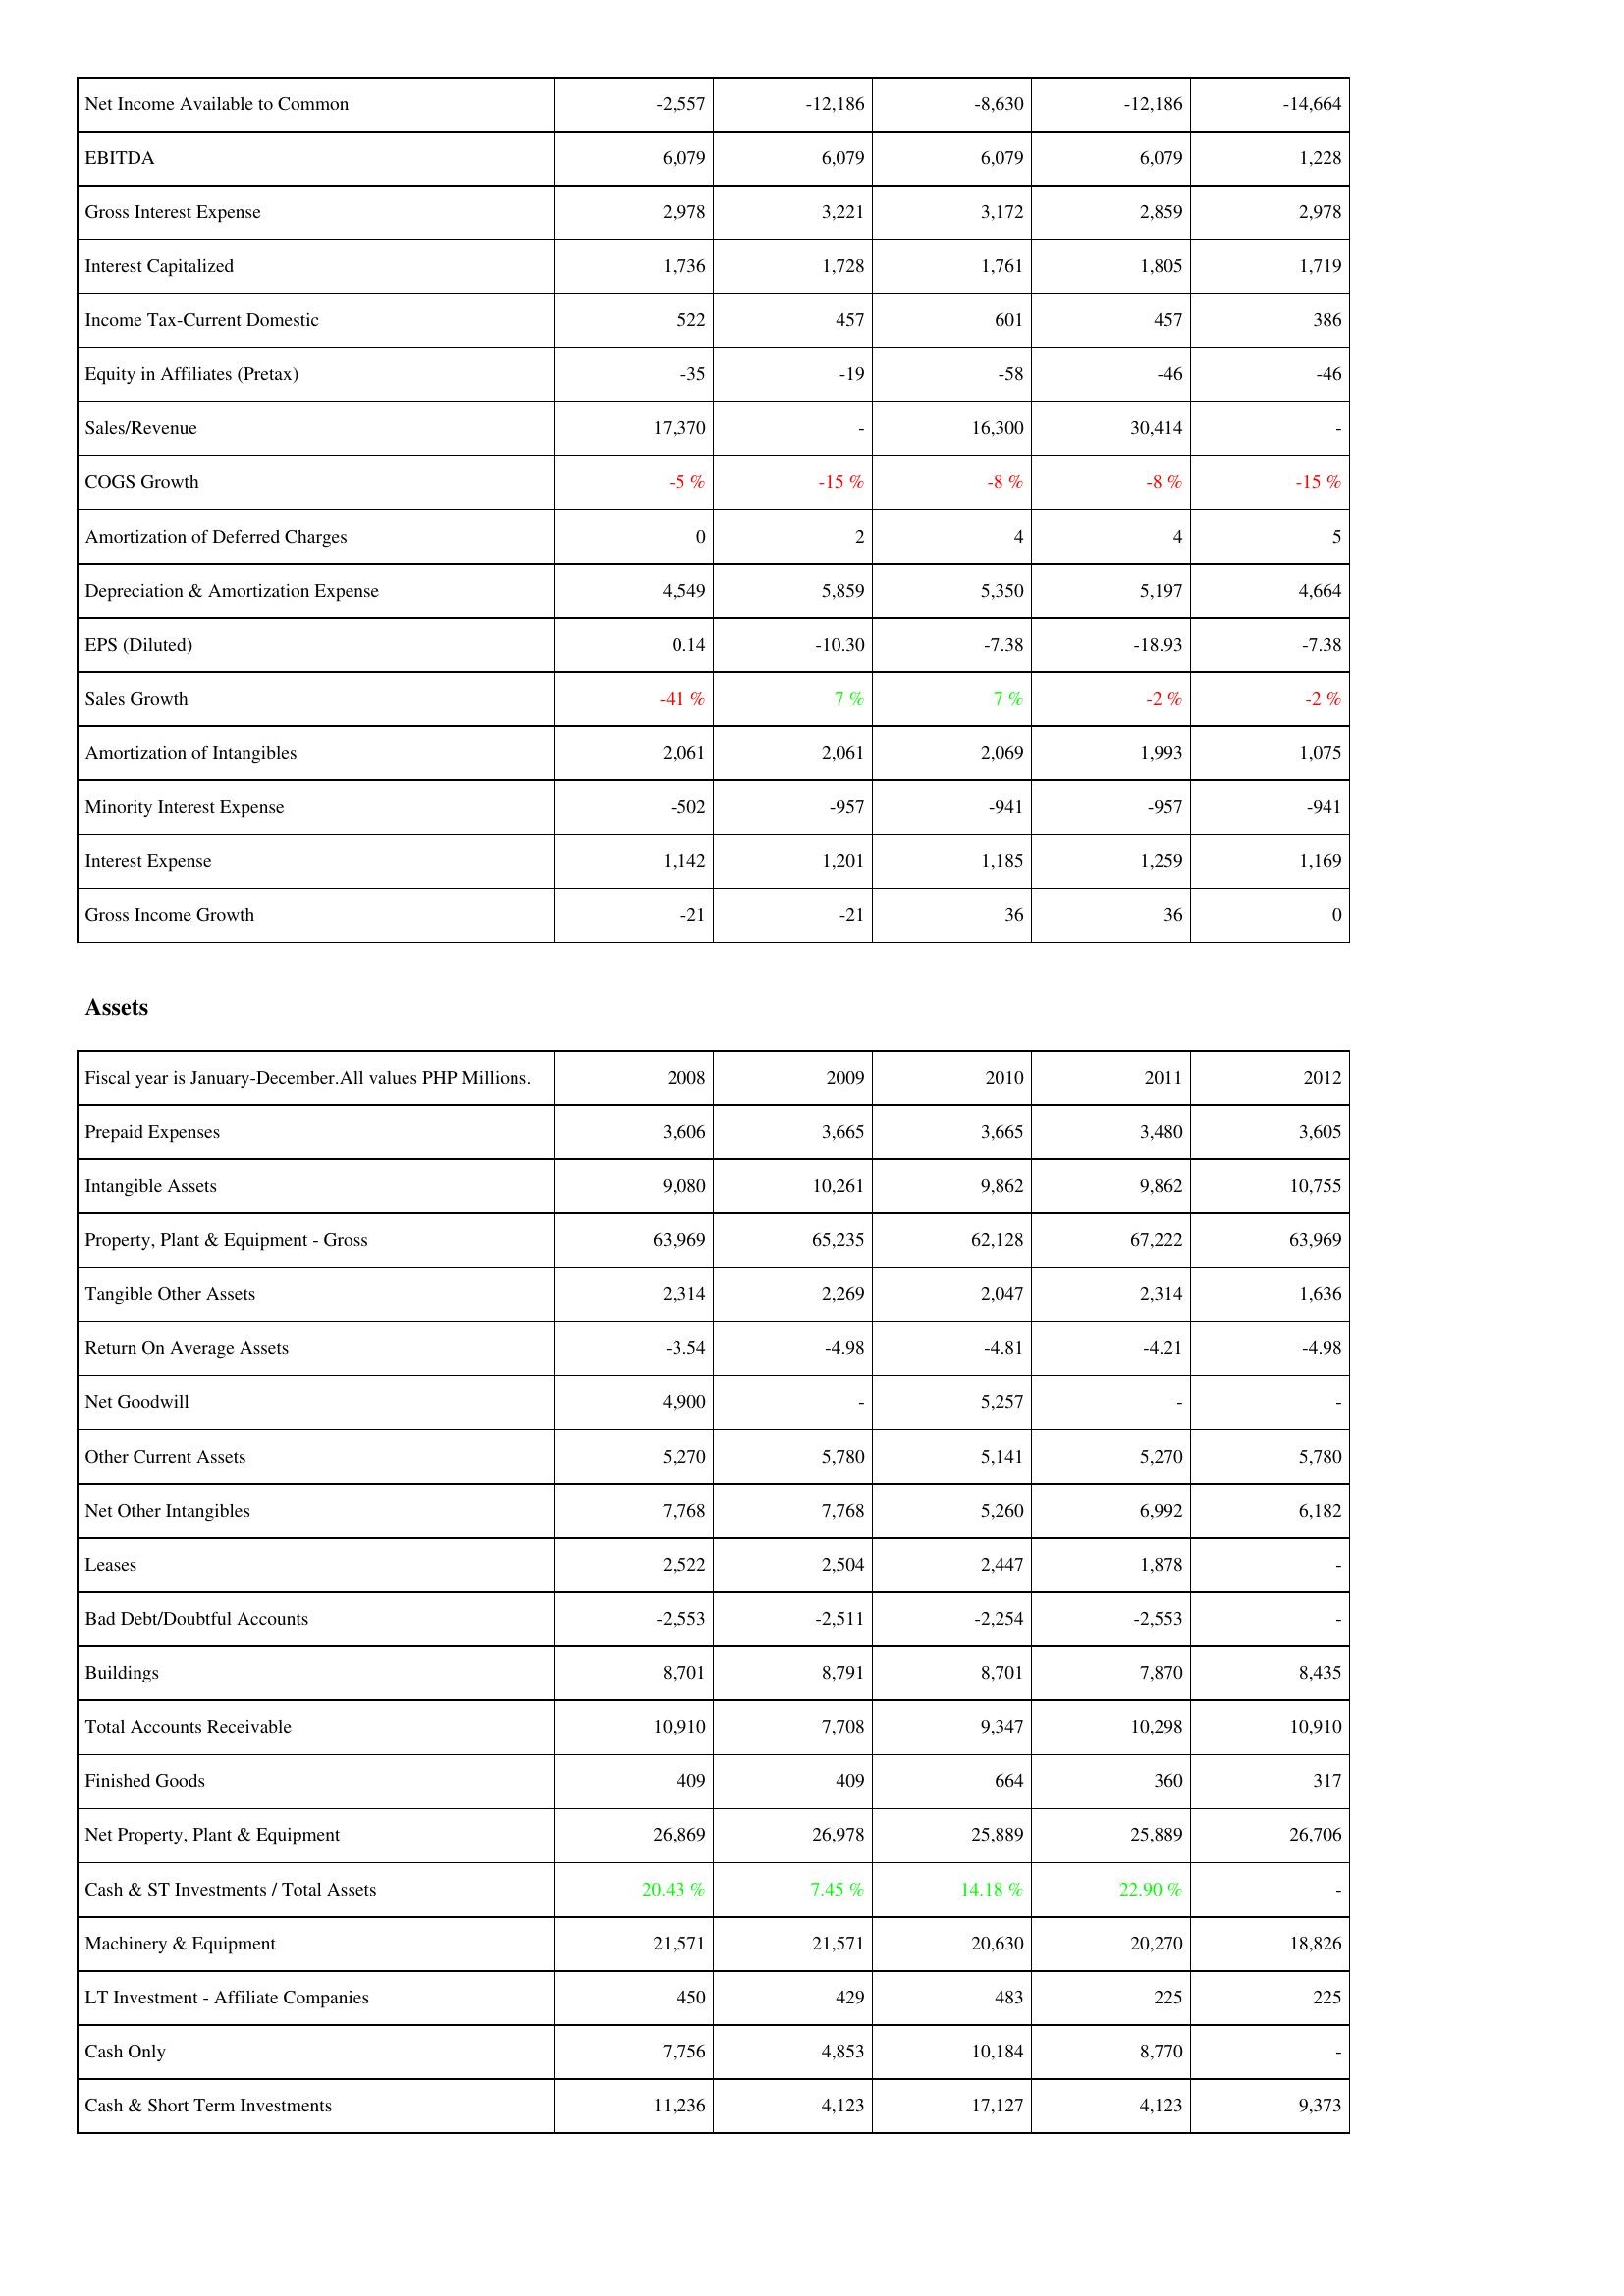
2008: Income Statement: Net Income Available to Common: -2,557
EBITDA: 6,079
Gross Interest Expense: 2,978
Interest Capitalized: 1,736
Income Tax-Current Domestic: 522
Equity in Affiliates (Pretax): -35
Sales/Revenue: 17,370
COGS Growth: -5 %
Amortization of Deferred Charges: 0
Depreciation & Amortization Expense: 4,549
EPS (Diluted): 0.14
Sales Growth: -41 %
Amortization of Intangibles: 2,061
Minority Interest Expense: -502
Interest Expense: 1,142
Gross Income Growth: -21
Assets: Prepaid Expenses: 3,606
Intangible Assets: 9,080
Property, Plant & Equipment - Gross: 63,969
Tangible Other Assets: 2,314
Return On Average Assets: -3.54
Net Goodwill: 4,900
Other Current Assets: 5,270
Net Other Intangibles: 7,768
Leases: 2,522
Bad Debt/Doubtful Accounts: -2,553
Buildings: 8,701
Total Accounts Receivable: 10,910
Finished Goods: 409
Net Property, Plant & Equipment: 26,869
Cash & ST Investments / Total Assets: 20.43 %
Machinery & Equipment: 21,571
LT Investment - Affiliate Companies: 450
Cash Only: 7,756
Cash & Short Term Investments: 11,236
2009: Income Statement: Net Income Available to Common: -12,186
EBITDA: 6,079
Gross Interest Expense: 3,221
Interest Capitalized: 1,728
Income Tax-Current Domestic: 457
Equity in Affiliates (Pretax): -19
Sales/Revenue: -
COGS Growth: -15 %
Amortization of Deferred Charges: 2
Depreciation & Amortization Expense: 5,859
EPS (Diluted): -10.30
Sales Growth: 7 %
Amortization of Intangibles: 2,061
Minority Interest Expense: -957
Interest Expense: 1,201
Gross Income Growth: -21
Assets: Prepaid Expenses: 3,665
Intangible Assets: 10,261
Property, Plant & Equipment - Gross: 65,235
Tangible Other Assets: 2,269
Return On Average Assets: -4.98
Net Goodwill: -
Other Current Assets: 5,780
Net Other Intangibles: 7,768
Leases: 2,504
Bad Debt/Doubtful Accounts: -2,511
Buildings: 8,791
Total Accounts Receivable: 7,708
Finished Goods: 409
Net Property, Plant & Equipment: 26,978
Cash & ST Investments / Total Assets: 7.45 %
Machinery & Equipment: 21,571
LT Investment - Affiliate Companies: 429
Cash Only: 4,853
Cash & Short Term Investments: 4,123
2010: Income Statement: Net Income Available to Common: -8,630
EBITDA: 6,079
Gross Interest Expense: 3,172
Interest Capitalized: 1,761
Income Tax-Current Domestic: 601
Equity in Affiliates (Pretax): -58
Sales/Revenue: 16,300
COGS Growth: -8 %
Amortization of Deferred Charges: 4
Depreciation & Amortization Expense: 5,350
EPS (Diluted): -7.38
Sales Growth: 7 %
Amortization of Intangibles: 2,069
Minority Interest Expense: -941
Interest Expense: 1,185
Gross Income Growth: 36
Assets: Prepaid Expenses: 3,665
Intangible Assets: 9,862
Property, Plant & Equipment - Gross: 62,128
Tangible Other Assets: 2,047
Return On Average Assets: -4.81
Net Goodwill: 5,257
Other Current Assets: 5,141
Net Other Intangibles: 5,260
Leases: 2,447
Bad Debt/Doubtful Accounts: -2,254
Buildings: 8,701
Total Accounts Receivable: 9,347
Finished Goods: 664
Net Property, Plant & Equipment: 25,889
Cash & ST Investments / Total Assets: 14.18 %
Machinery & Equipment: 20,630
LT Investment - Affiliate Companies: 483
Cash Only: 10,184
Cash & Short Term Investments: 17,127
2011: Income Statement: Net Income Available to Common: -12,186
EBITDA: 6,079
Gross Interest Expense: 2,859
Interest Capitalized: 1,805
Income Tax-Current Domestic: 457
Equity in Affiliates (Pretax): -46
Sales/Revenue: 30,414
COGS Growth: -8 %
Amortization of Deferred Charges: 4
Depreciation & Amortization Expense: 5,197
EPS (Diluted): -18.93
Sales Growth: -2 %
Amortization of Intangibles: 1,993
Minority Interest Expense: -957
Interest Expense: 1,259
Gross Income Growth: 36
Assets: Prepaid Expenses: 3,480
Intangible Assets: 9,862
Property, Plant & Equipment - Gross: 67,222
Tangible Other Assets: 2,314
Return On Average Assets: -4.21
Net Goodwill: -
Other Current Assets: 5,270
Net Other Intangibles: 6,992
Leases: 1,878
Bad Debt/Doubtful Accounts: -2,553
Buildings: 7,870
Total Accounts Receivable: 10,298
Finished Goods: 360
Net Property, Plant & Equipment: 25,889
Cash & ST Investments / Total Assets: 22.90 %
Machinery & Equipment: 20,270
LT Investment - Affiliate Companies: 225
Cash Only: 8,770
Cash & Short Term Investments: 4,123
2012: Income Statement: Net Income Available to Common: -14,664
EBITDA: 1,228
Gross Interest Expense: 2,978
Interest Capitalized: 1,719
Income Tax-Current Domestic: 386
Equity in Affiliates (Pretax): -46
Sales/Revenue: -
COGS Growth: -15 %
Amortization of Deferred Charges: 5
Depreciation & Amortization Expense: 4,664
EPS (Diluted): -7.38
Sales Growth: -2 %
Amortization of Intangibles: 1,075
Minority Interest Expense: -941
Interest Expense: 1,169
Gross Income Growth: 0
Assets: Prepaid Expenses: 3,605
Intangible Assets: 10,755
Property, Plant & Equipment - Gross: 63,969
Tangible Other Assets: 1,636
Return On Average Assets: -4.98
Net Goodwill: -
Other Current Assets: 5,780
Net Other Intangibles: 6,182
Leases: -
Bad Debt/Doubtful Accounts: -
Buildings: 8,435
Total Accounts Receivable: 10,910
Finished Goods: 317
Net Property, Plant & Equipment: 26,706
Cash & ST Investments / Total Assets: -
Machinery & Equipment: 18,826
LT Investment - Affiliate Companies: 225
Cash Only: -
Cash & Short Term Investments: 9,373